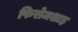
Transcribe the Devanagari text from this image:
फिरोजशाह